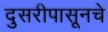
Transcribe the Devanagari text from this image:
दुसरीपासूनचे